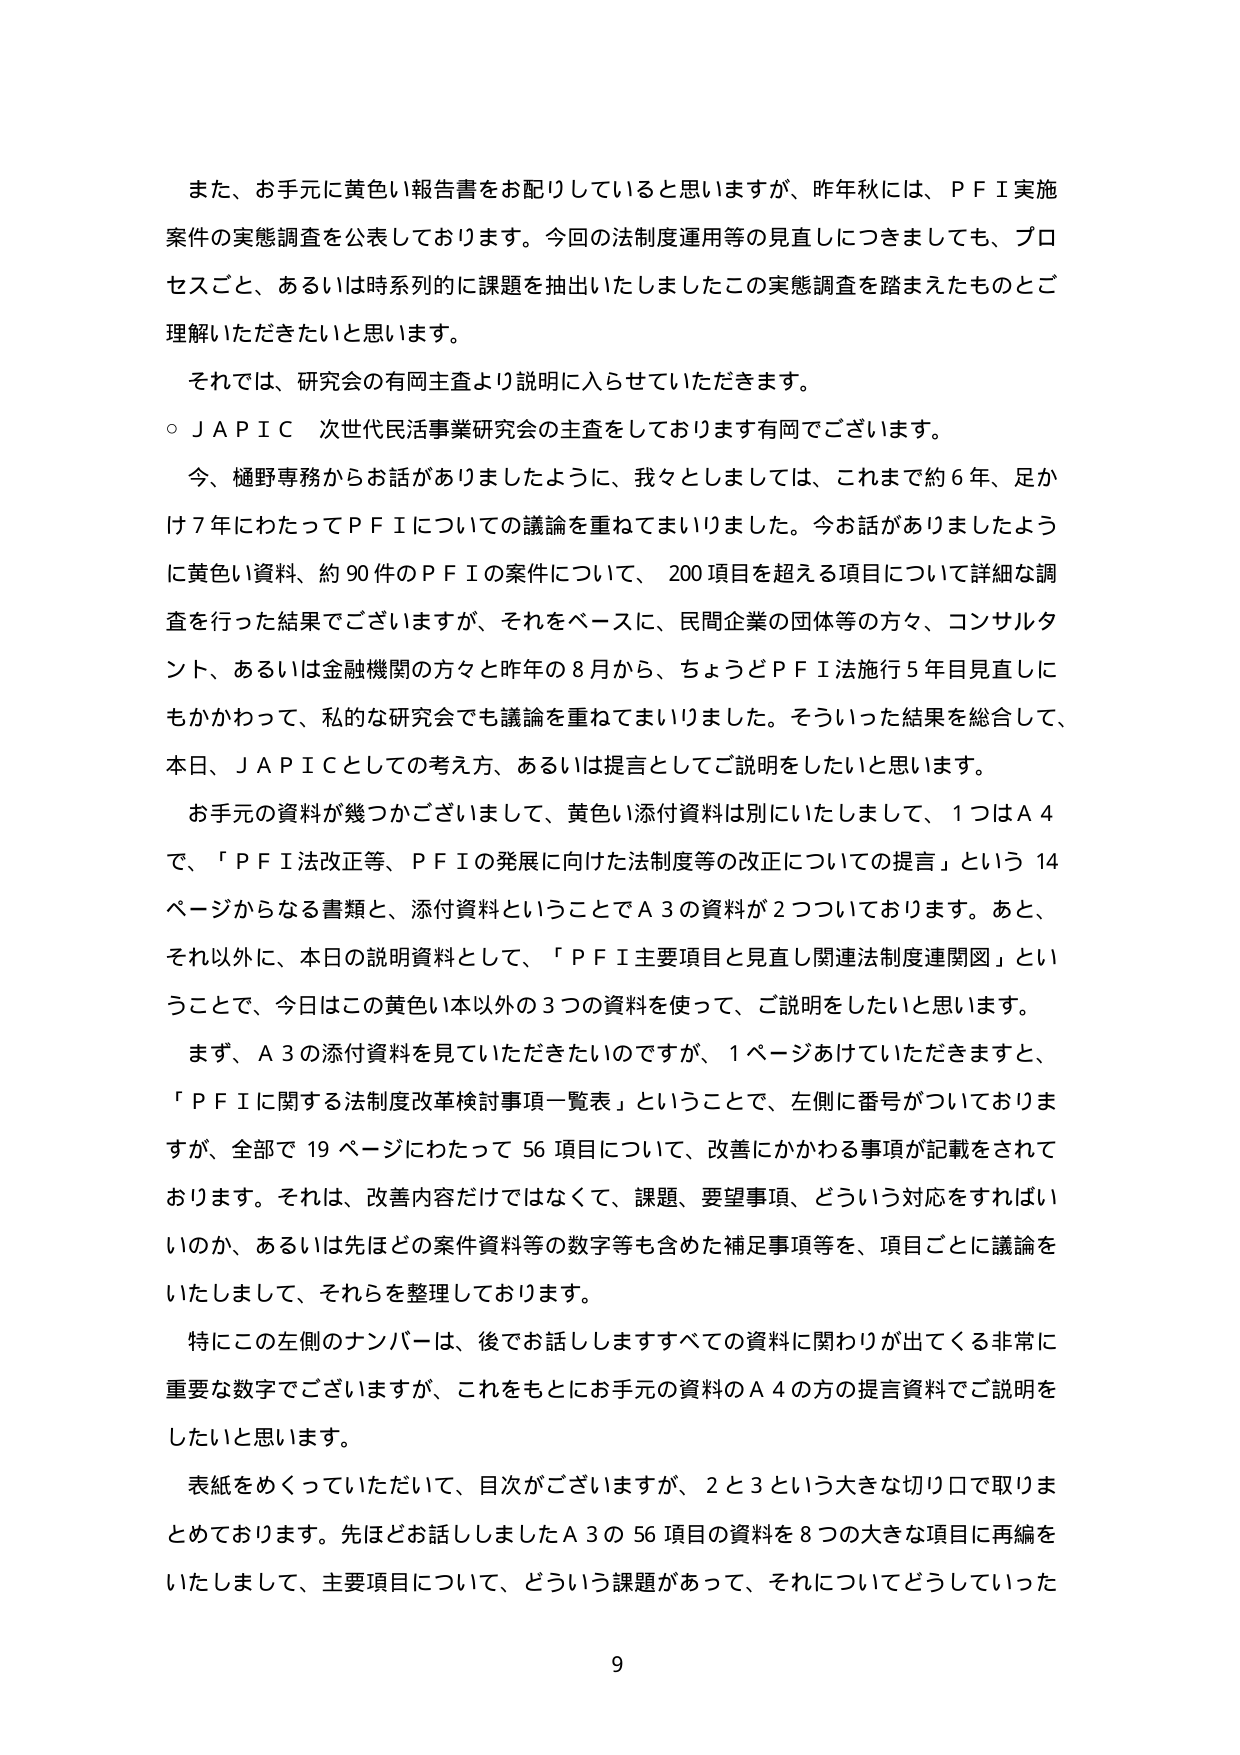
また、お手元に黄色い報告書をお配りしていると思いますが、昨年秋には、ＰＦＩ実施案件の実態調査を公表しております。今回の法制度運用等の見直しにつきましても、プロセスごと、あるいは時系列的に課題を抽出いたしましたこの実態調査を踏まえたものとご理解いただきたいと思います。

それでは、研究会の有岡主査より説明に入らせていただきます。

○ＪＡＰＩＣ 次世代民活事業研究会の主査をしております有岡でございます。

今、樋野専務からお話がありましたように、我々としましては、これまで約６年、足かけ７年にわたってＰＦＩについての議論を重ねてまいりました。今お話がありましたように黄色い資料、約９０件のＰＦＩの案件について、２００項目を超える項目について詳細な調査を行った結果でございますが、それをベースに、民間企業の団体等の方々、コンサルタント、あるいは金融機関の方々と昨年の８月から、ちょうどＰＦＩ法施行５年目見直しにもかかわって、私的な研究会でも議論を重ねてまいりました。そういった結果を総合して、本日、ＪＡＰＩＣとしての考え方、あるいは提言としてご説明をしたいと思います。

お手元の資料が幾つかございまして、黄色い添付資料は別にいたしまして、１つはＡ４で、「ＰＦＩ法改正等、ＰＦＩの発展に向けた法制度等の改正についての提言」という１４ページからなる書類と、添付資料ということでＡ３の資料が２つついております。あと、それ以外に、本日の説明資料として、「ＰＦＩ主要項目と見直し関連法制度連関図」ということで、今日はこの黄色い本以外の３つの資料を使って、ご説明をしたいと思います。

まず、Ａ３の添付資料を見ていただきたいのですが、１ページあけていただきますと、「ＰＦＩに関する法制度改革検討事項一覧表」ということで、左側に番号がついておりますが、全部で１９ページにわたって５６項目について、改善にかかわる事項が記載をされております。それは、改善内容だけではなくて、課題、要望事項、どういう対応をすればいいのか、あるいは先ほどの案件資料等の数字等も含めた補足事項等を、項目ごとに議論をいたしまして、それらを整理しております。

特にこの左側のナンバーは、後でお話ししますすべての資料に関わりが出てくる非常に重要な数字でございますが、これをもとに、お手元の資料のＡ４の方の提言資料でご説明をしたいと思います。

表紙をめくっていただいて、目次がございますが、２と３という大きな切り口で取りまとめております。先ほどお話しましたＡ３の５６項目の資料を８つの大きな項目に再編をいたしまして、主要項目について、どういう課題があって、それについてどうしていった

9